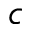
c